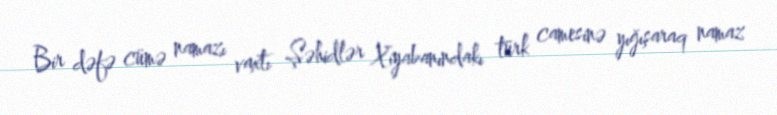
Bir dəfə cümə namazı vaxtı Şəhidlər Xiyabanındakı türk camesinə yığışaraq namaz